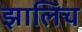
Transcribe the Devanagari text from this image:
झालिच